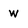
Character: w